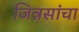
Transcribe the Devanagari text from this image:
जिन्नसांचा